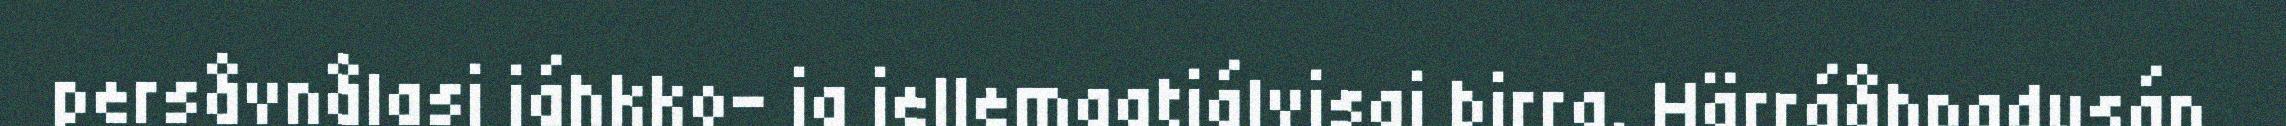
persåvnålasj jáhkko- ja iellemgatjálvisaj birra. Härráåhpadusán